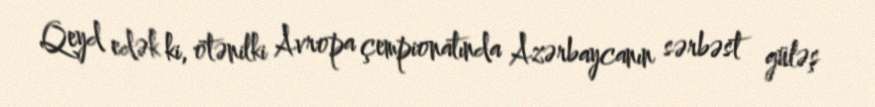
Qeyd edək ki, ötənilki Avropa çempionatında Azərbaycanın sərbəst güləş